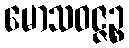
မောသဝဇ္ဇဉ္စ